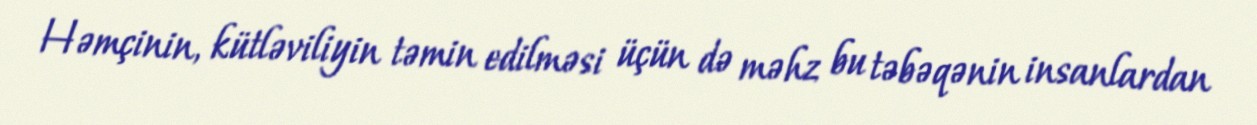
Həmçinin, kütləviliyin təmin edilməsi üçün də məhz bu təbəqənin insanlardan